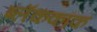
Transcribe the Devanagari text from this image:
ब्लॅककॉक